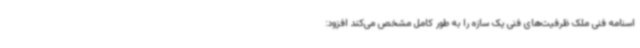
اسنامه فنی ملک ظرفیت‌های فنی یک سازه را به طور کامل مشخص می‌کند افزود: